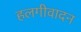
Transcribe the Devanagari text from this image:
हलगीवादन